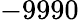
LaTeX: -9990